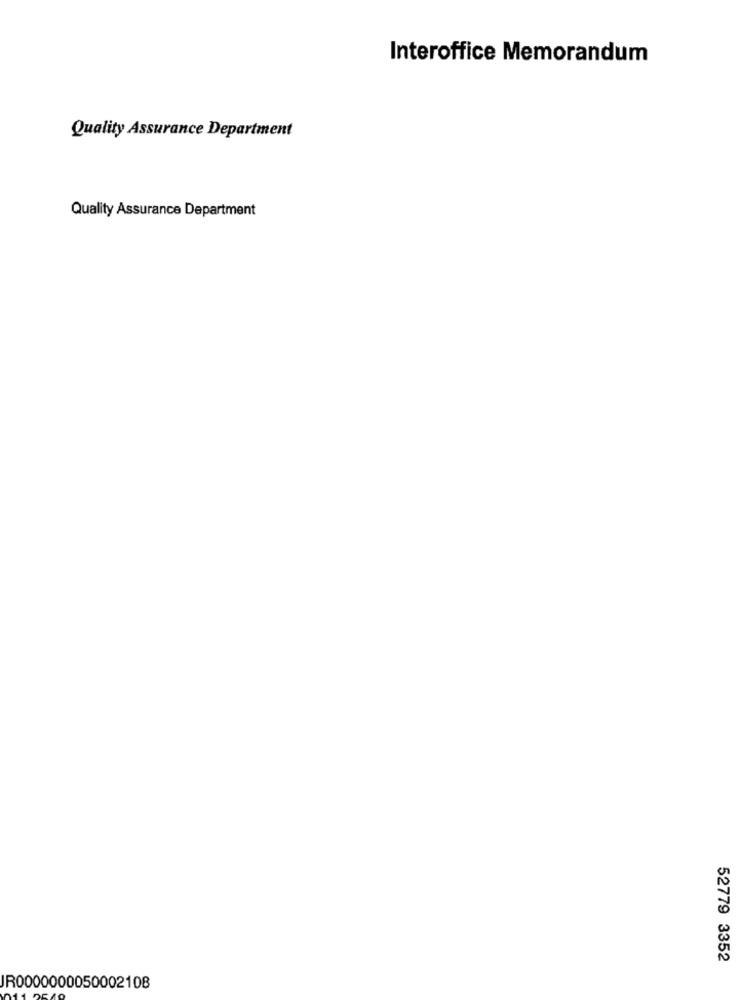
Interoffice Memorandum
Quality Assurance Department
Quality Assurance Department
52779 3352
JR0000000050002108